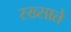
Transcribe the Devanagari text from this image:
रख्साते